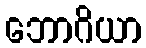
ဘောဂိယာ